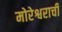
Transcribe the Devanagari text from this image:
मोरेश्वराची